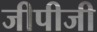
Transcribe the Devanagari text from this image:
जीपीजी